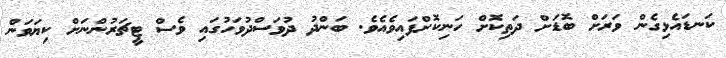
ކަނޑައެޅިގެން ވަރަށް ބޮޑަށް ދަތިކޮށް ހަނިކޮށްފައިވެއެވެ. ބަންދު ދުވަސްދުވަހުގައި ވެސް ޓީޗަރުންނަށް ކިޔަވަން